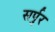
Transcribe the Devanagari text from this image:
सर्पुर